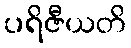
ပရိဇီယတိ